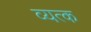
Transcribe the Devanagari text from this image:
व्यत्क